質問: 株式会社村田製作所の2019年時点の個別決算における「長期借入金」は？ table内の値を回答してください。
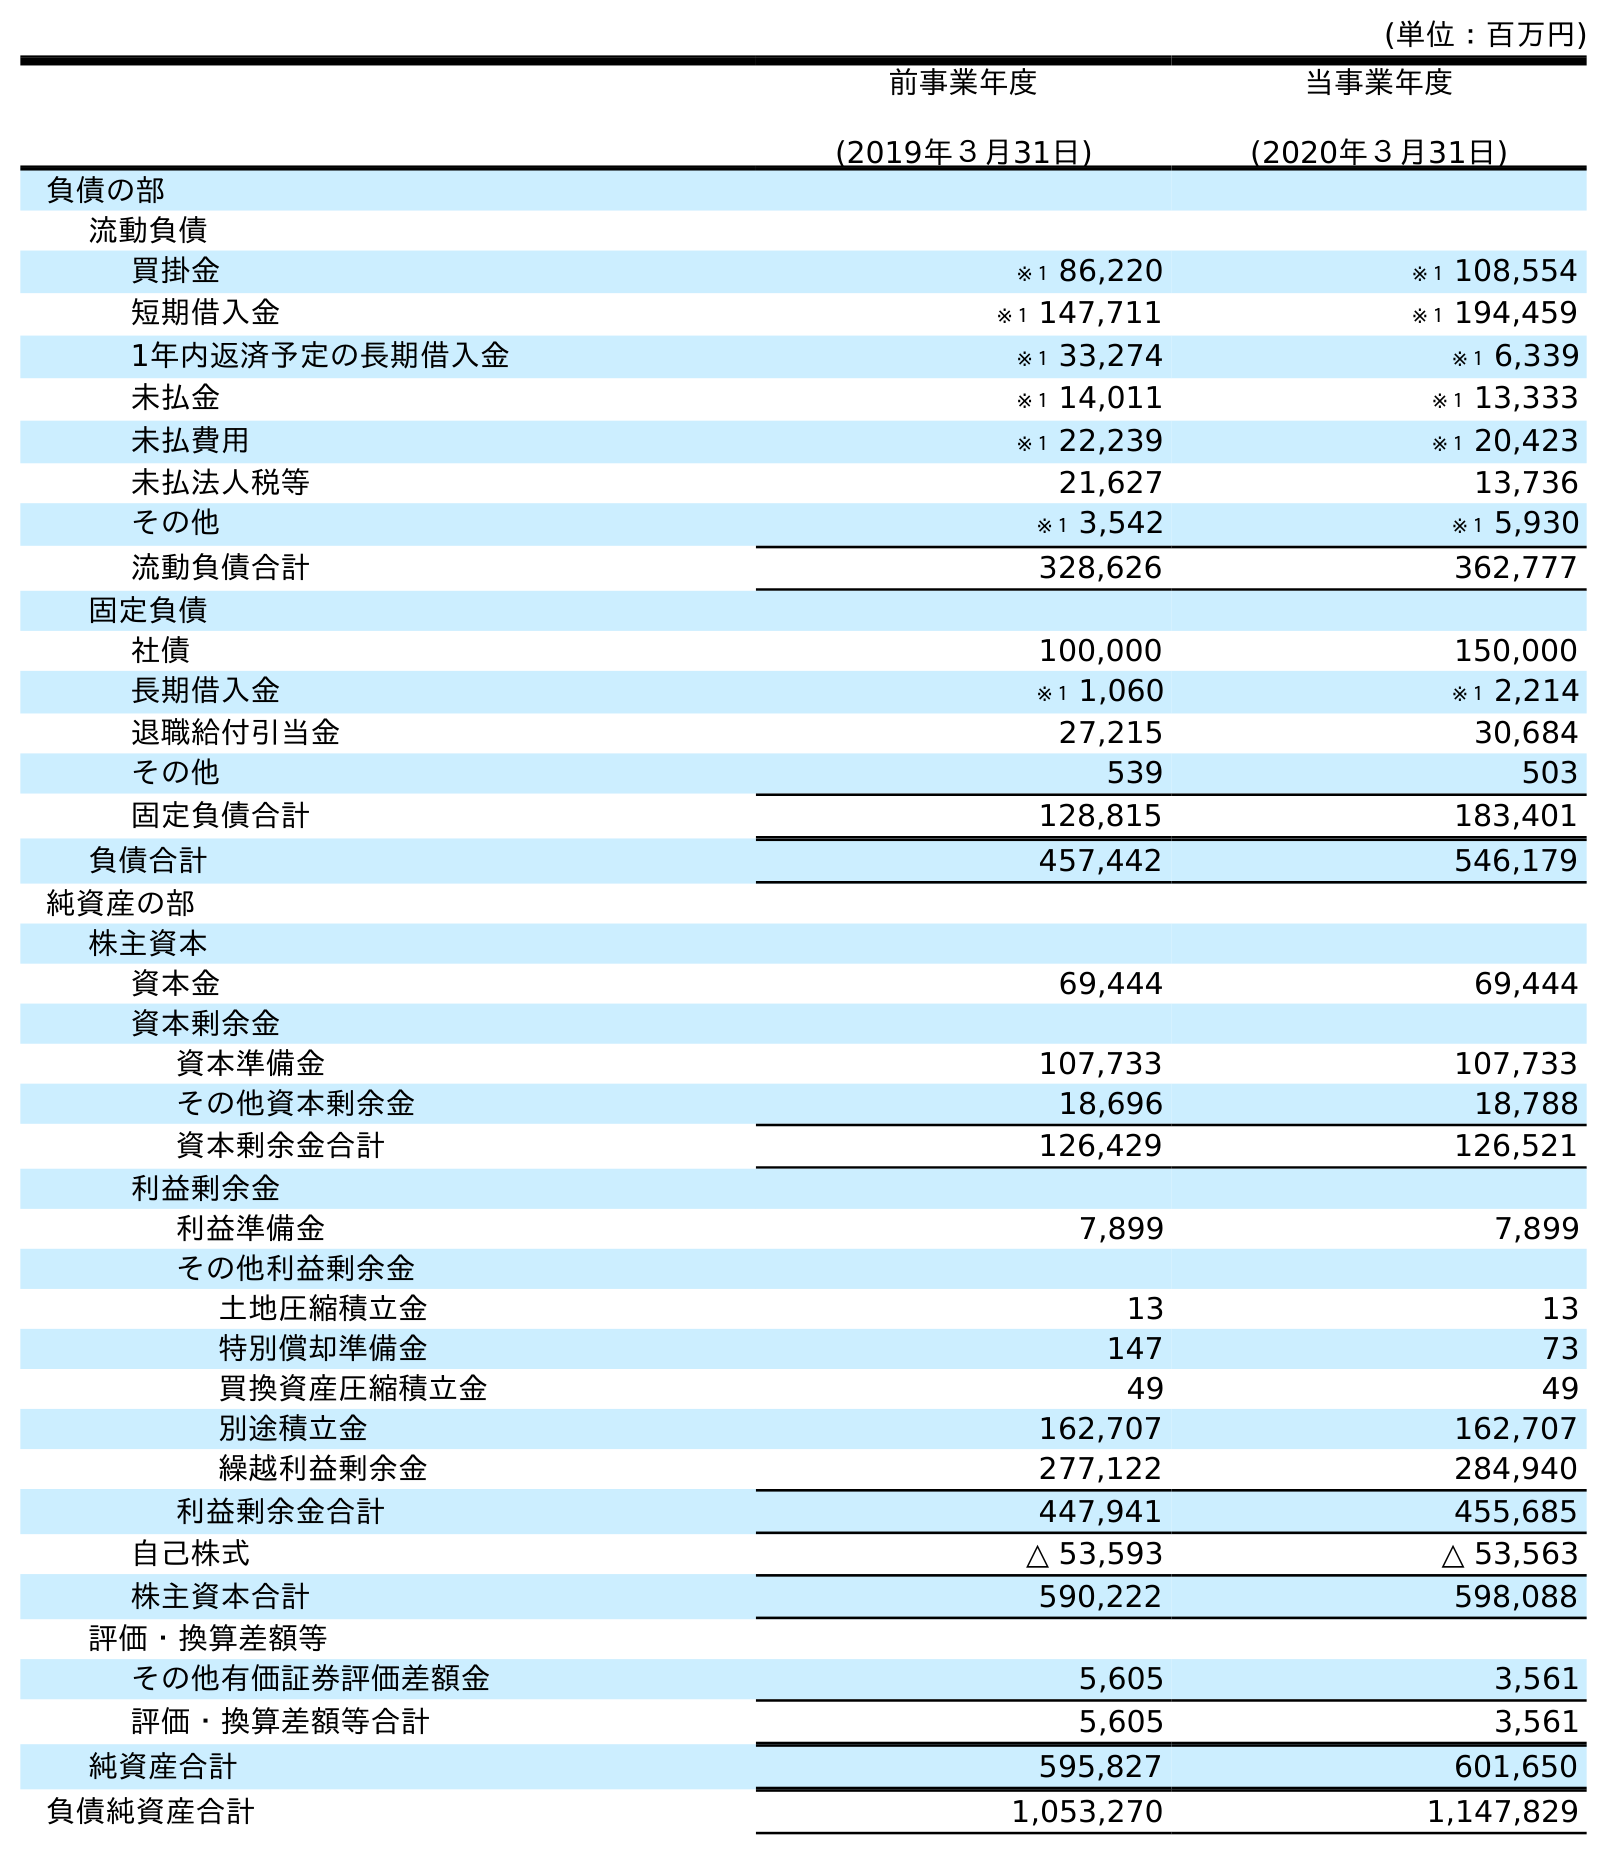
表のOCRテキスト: (単位：百万円) 前事業年度 (2019年３月31日) 当事業年度 (2020年３月31日) 負債の部 流動負債 買掛金 ※１ 86,220 ※１ 108,554 短期借入金 ※１ 147,711 ※１ 194,459 1年内返済予定の長期借入金 ※１ 33,274 ※１ 6,339 未払金 ※１ 14,011 ※１ 13,333 未払費用 ※１ 22,239 ※１ 20,423 未払法人税等 21,627 13,736 その他 ※１ 3,542 ※１ 5,930 流動負債合計 328,626 362,777 固定負債 社債 100,000 150,000 長期借入金 ※１ 1,060 ※１ 2,214 退職給付引当金 27,215 30,684 その他 539 503 固定負債合計 128,815 183,401 負債合計 457,442 546,179 純資産の部 株主資本 資本金 69,444 69,444 資本剰余金 資本準備金 107,733 107,733 その他資本剰余金 18,696 18,788 資本剰余金合計 126,429 126,521 利益剰余金 利益準備金 7,899 7,899 その他利益剰余金 土地圧縮積立金 13 13 特別償却準備金 147 73 買換資産圧縮積立金 49 49 別途積立金 162,707 162,707 繰越利益剰余金 277,122 284,940 利益剰余金合計 447,941 455,685 自己株式 △ 53,593 △ 53,563 株主資本合計 590,222 598,088 評価・換算差額等 その他有価証券評価差額金 5,605 3,561 評価・換算差額等合計 5,605 3,561 純資産合計 595,827 601,650 負債純資産合計 1,053,270 1,147,829
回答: ※１1,060